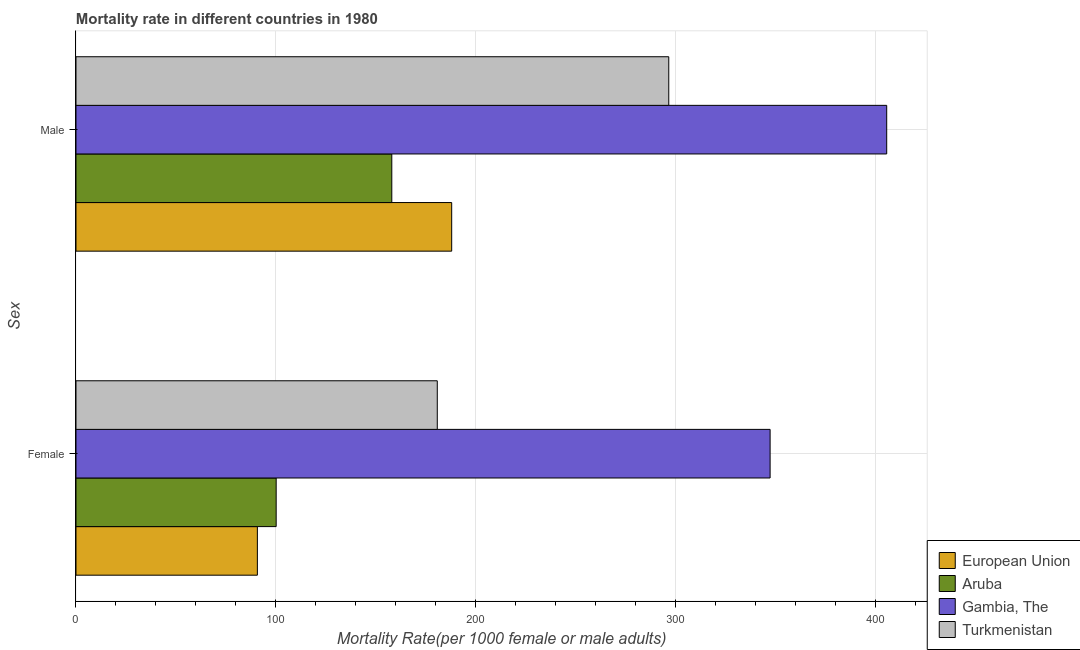
| Sex | European Union | Aruba | Gambia, The | Turkmenistan |
 | --- | --- | --- | --- | --- |
 | Female | 90.8 | 100 | 347 | 181 |
 | Male | 188 | 158 | 406 | 297 |